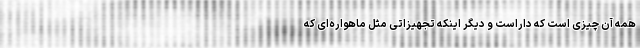
همه آن چیزی است که داراست و دیگر اینکه تجهیزاتی مثل ماهواره‌ای که